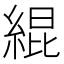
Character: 緄